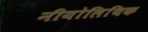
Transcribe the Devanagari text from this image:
नीयोलिथिक